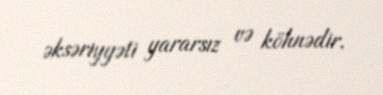
əksəriyyəti yararsız və köhnədir.